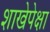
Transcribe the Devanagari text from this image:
शाखेपेक्षा